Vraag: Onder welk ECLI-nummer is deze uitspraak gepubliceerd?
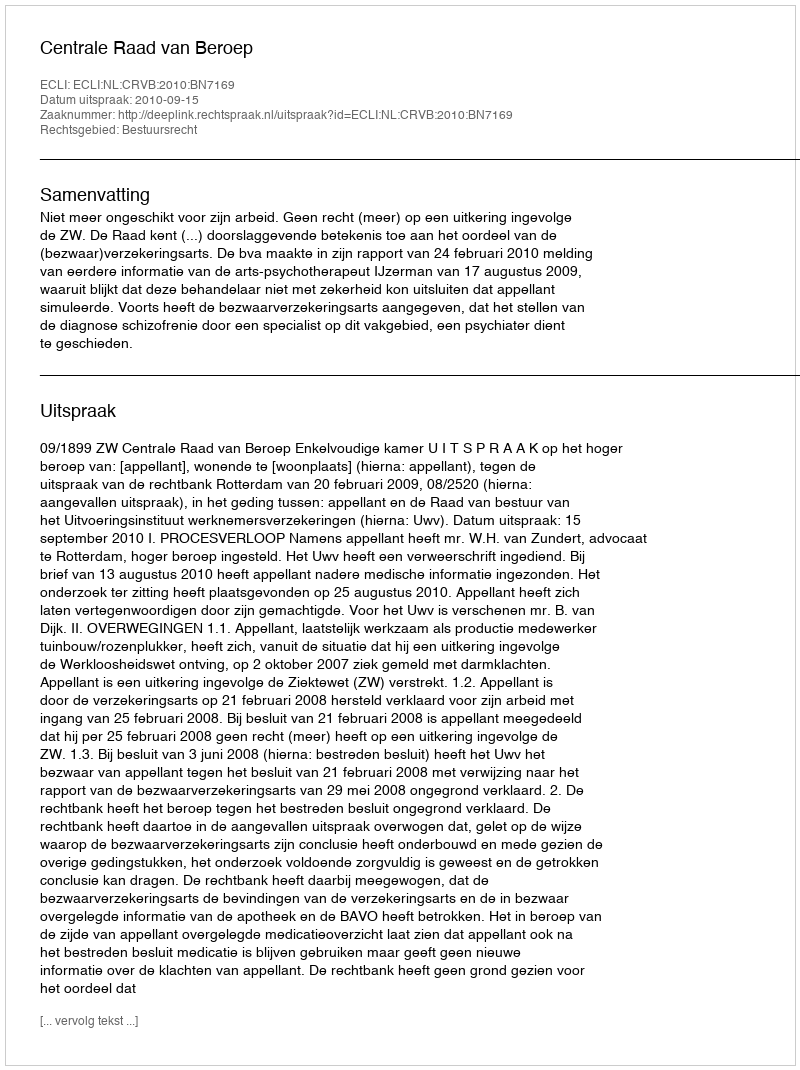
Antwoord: ECLI:NL:CRVB:2010:BN7169